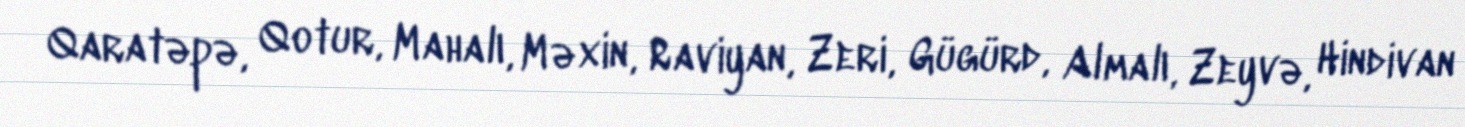
Qaratəpə, Qotur, Mahalı, Məxin, Raviyan, Zeri, Gügürd, Almalı, Zeyvə, Hindivan